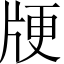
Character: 𰠞